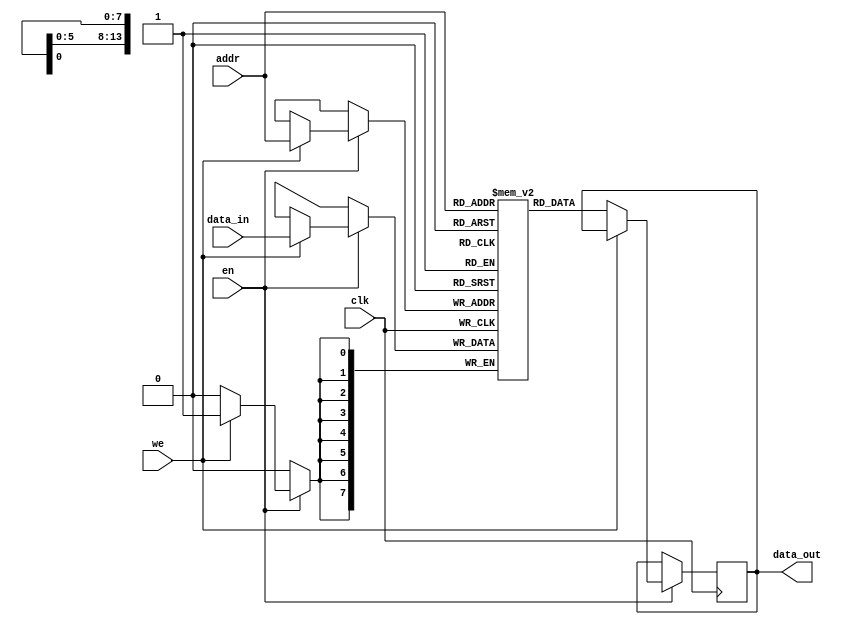
`timescale 1ns / 1ps

module sp_ram 
  #(
    parameter FILE="none",
    parameter DATA_W=8,
    parameter ADDR_W=14
    )
   (
    input                     clk,
    input                     en, 
    input                     we, 
    input [(ADDR_W-1):0]      addr,
    output reg [(DATA_W-1):0] data_out,
    input [(DATA_W-1):0]      data_in
    );

   //this allows ISE 14.7 to work; do not remove
   localparam mem_init_file_int = FILE;

   // Declare the RAM
   reg [DATA_W-1:0] 	      ram[2**ADDR_W-1:0];

   // Initialize the RAM
   initial 
     if(mem_init_file_int != "none")
       $readmemh(mem_init_file_int, ram, 0, 2**ADDR_W - 1);

   // Operate the RAM
   always @ (posedge clk)
     if(en)
       if (we)
         ram[addr] <= data_in;
       else
         data_out <= ram[addr];

endmodule